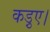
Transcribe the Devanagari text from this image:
कड़ुए।